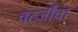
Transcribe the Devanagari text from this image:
चटर्जींचा